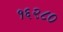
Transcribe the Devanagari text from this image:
१६२८०